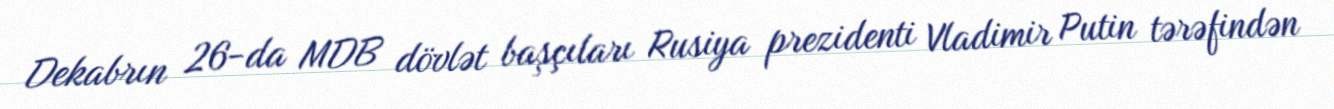
Dekabrın 26-da MDB dövlət başçıları Rusiya prezidenti Vladimir Putin tərəfindən